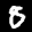
Label: 8